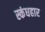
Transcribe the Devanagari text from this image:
स्कंधहार